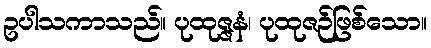
ဥပါသကာသည်။ ပုထုဇ္ဇနံ၊ ပုထုဇဉ်ဖြစ်သော။